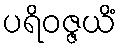
ပရိဝဇ္ဇယိံ